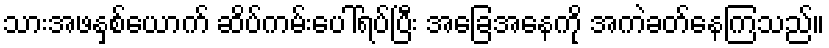
သားအဖနှစ်ယောက် ဆိပ်ကမ်းပေါ်ရပ်ပြီး အခြေအနေကို အကဲခတ်နေကြသည်။